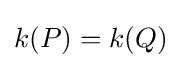
k(P)=k(Q)